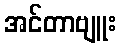
အင်တာဗျူး